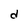
Character: d